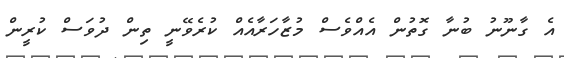
އެ ގާނޫނު ބުނާ ގޮތުން އެއްވެސް މުޒާހަރާއެއް ކުރެވޭނީ ތިން ދުވަސް ކުރީން